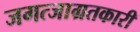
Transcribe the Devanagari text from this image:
जगत्जाग्रतकारी